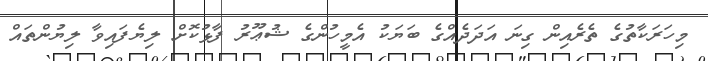
މިހަރަކާތުގެ ތެރެއިން ގިނަ އަދަދެއްގެ ބަޔަކު އެމީހުންގެ ޝުޢޫރު ފާޅުކޮށް ލިޔެފައިވާ ލިޔުންތައް